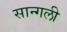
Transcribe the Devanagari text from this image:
सान्गली